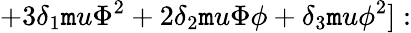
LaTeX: +3\delta_{1}\mathtt{m}u\Phi^{2}+2\delta_{2}\mathtt{m}u\Phi\phi+\delta_{3}\mathtt{m}u\phi^{2}]: